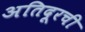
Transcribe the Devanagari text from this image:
अतिदूरची